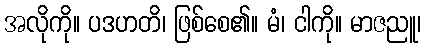
အလိုကို။ ပဒဟတိ၊ ဖြစ်စေ၏။ မံ၊ ငါကို။ မာဇညူ၊